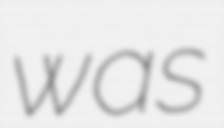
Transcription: was